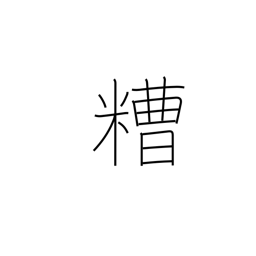
Meaning: grounds